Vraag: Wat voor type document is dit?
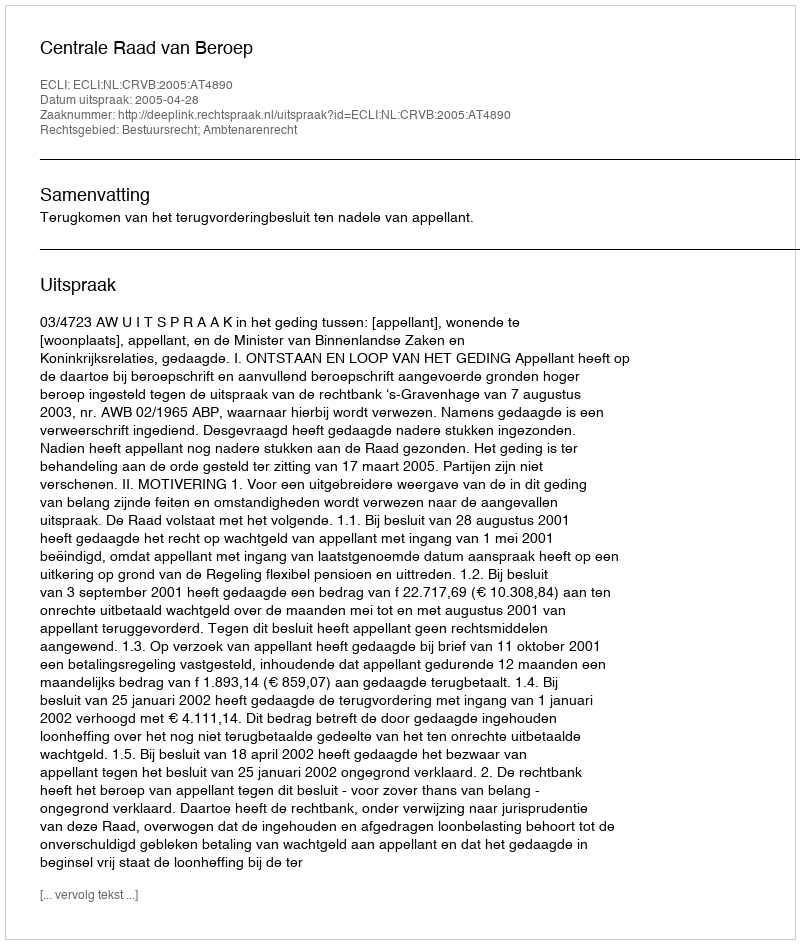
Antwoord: Uitspraak